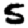
Digit: 5